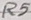
Text: R5